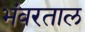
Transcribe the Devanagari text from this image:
भंवरताल